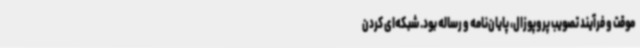
موقت و فرآیند تصویب پروپوزال، پایان‌نامه و رساله بود. شبکه‌ای کردن